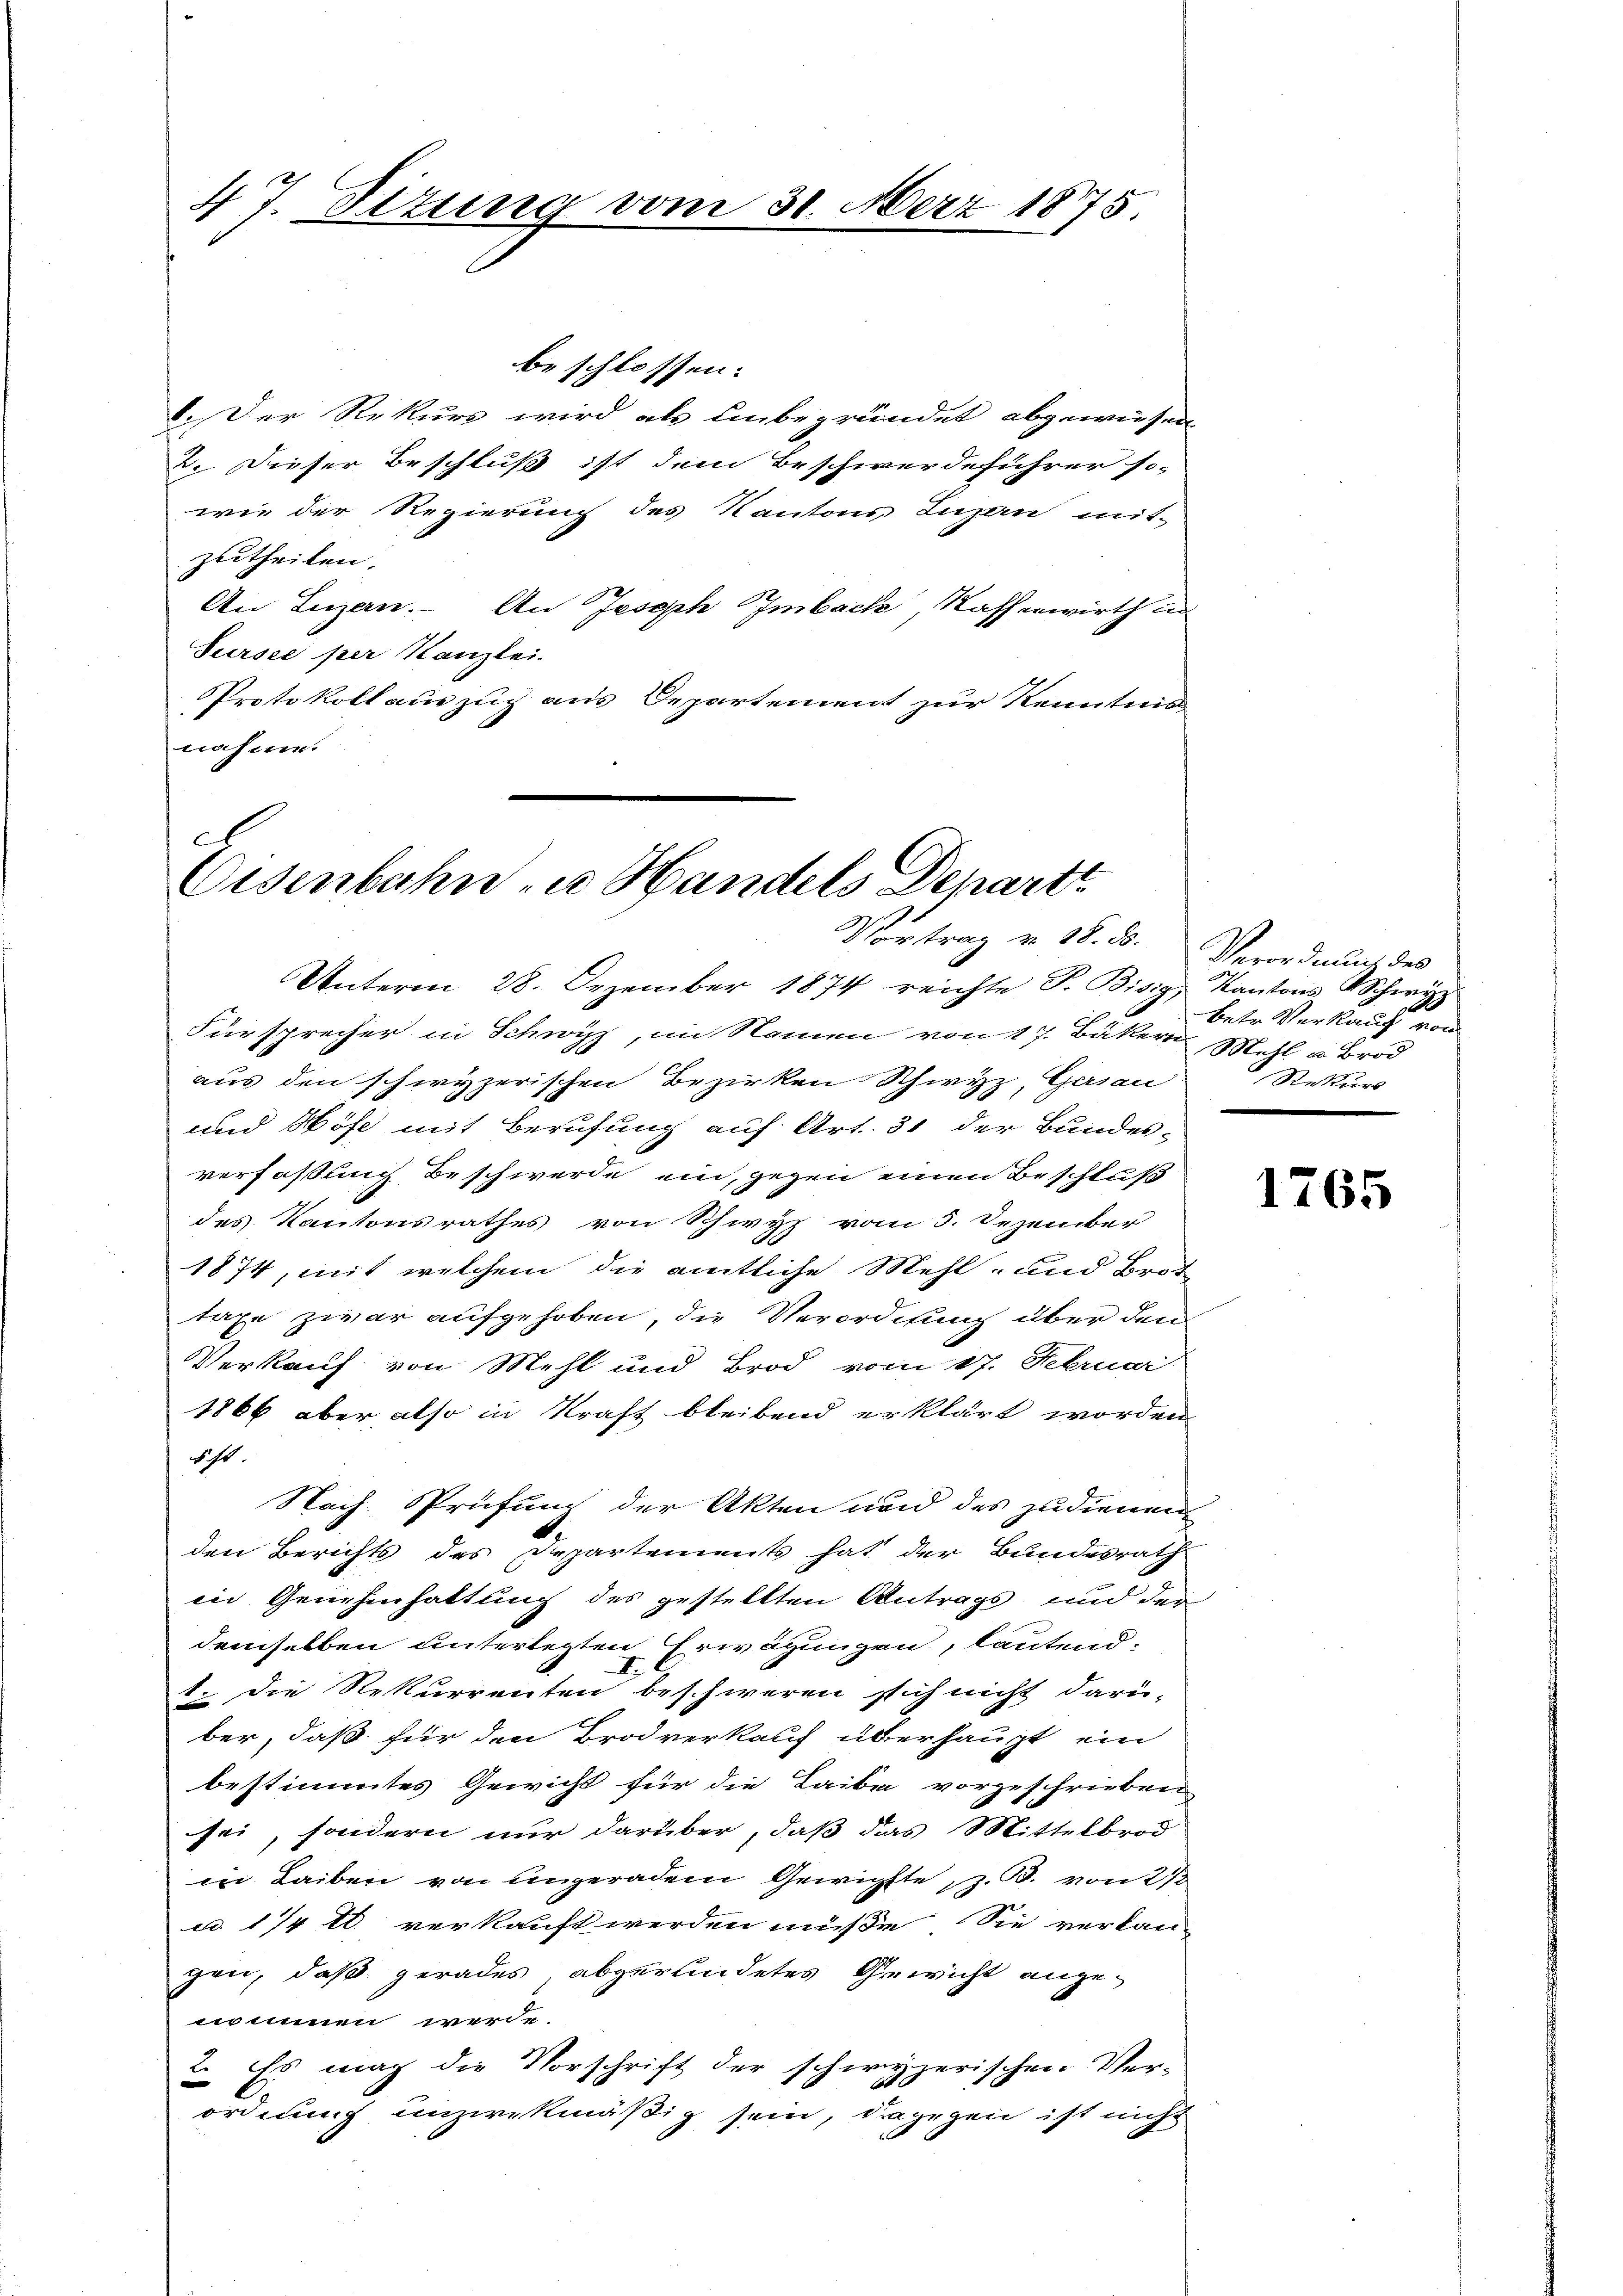
beschlossen:
.Der Rekurs wird als unbegründet abgewiesen.
2. Dieser Beschluß ist dem Beschwerdeführer so-
wie der Regierung des Kantons Luzern mit-
zutheilen.
An Luzern. An Joseph Imbach, Nassenwirth in
Sursee per Kanzlei.
Protokoll auszug aus Departement zur Kenntnis
nahme.

47. Dizung vom 31. März 1875.

g
Eisenbahn zu Handels Departt
Vortrag v. 18. 85. Verordnung des

Unterm 28. Dezember 1874 reichte P. Bisig, Kantons Schwe
Fürsprecher in Schwyz, im Namen von 17. Bäkern
aus den schwyzerischen Bezirken Schwyz, Gersau
und Höfe mit Berufung auf Art. 31 der Bundes-
verfaßung Beschwerde ein, gegen einen Beschluß
des Kantonsrathes von Schwyz vom 3. Dezember
1874, mit welchem die amtliche Mehl- und Brot
taxe zwar aufgehoben, die Verordnung über den
Verkauf von Mehl und Brod, vom 17. Februar
1866 aber, also in Kraft bleibend erklärt worden
wicht
Nach Prüfung der Akten und des zudienen
den Berichts des Departements hat der Bundesrath
in Genehmhattung des gestellten Antrags und der
demselben unterlegten Erwägungen, lautend
I.
1. Die Rekurrenten beschweren sich nicht darü-
ber, daß für den Brodverkauf überhaupt ein
bestimmtes Gewicht für die Taibe vorgeschrieben
sei, sondern nur darüber, daß das Mittelbrod
in Leiben von ungeraden Gewichste z. B. von 2 1/2
u 1/4 tl verkauft werden müße. Sie verkangen, daß gerades abgerendetes Gewicht angenommen werde.
2. Es mag die Vorschrift der schwyzerischen Ver-
ordnung unzwekmäßig sein, dagegen ist nicht

f
2
betr. Verkauf von
Mett u. Brod
Rekurs

1765